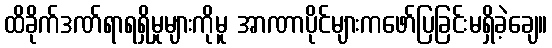
ထိခိုက်ဒဏ်ရာရရှိမှုများကိုမူ အာဏာပိုင်များကဖော်ပြခြင်းမရှိခဲ့ချေ။